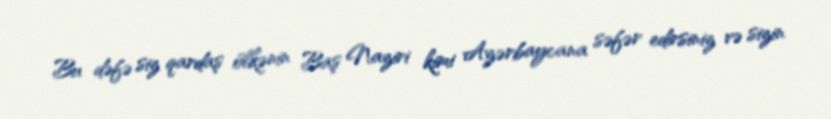
Bu dəfə siz qardaş ölkənin Baş Naziri kimi Azərbaycana səfər edirsiniz və sizin